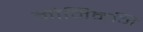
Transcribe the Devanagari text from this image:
मोमिननि